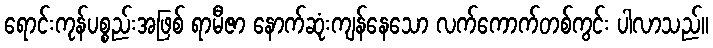
ရောင်းကုန်ပစ္စည်းအဖြစ် ရာမီဇာ နောက်ဆုံးကျန်နေသော လက်ကောက်တစ်ကွင်း ပါလာသည်။